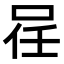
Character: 𠲉